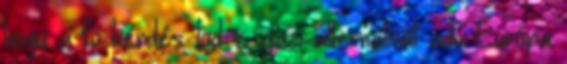
hogy a fő kérdés: tud-e igazi alternatívát adni Európa